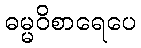
ဓမ္မဝိစာရေပေ